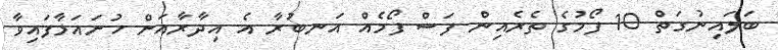
ބަލައިނުގަތް 10 ފޯމުގެ ތެރެއިން ފަސް ފޯމެއް އަނބުރާ އެ އިދާރާއަށް ހުށައަޅާފައިވާ